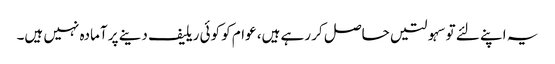
یہ اپنے لئے توسہولتیں حاصل کر رہے ہیں، عوام کو کوئی ریلیف دینے پر آمادہ نہیں ہیں۔